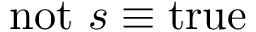
\mathrm { n o t } ~ s \equiv \mathrm { t r u e }